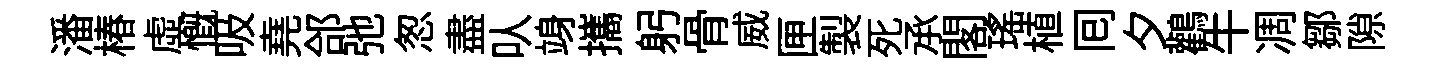
潘椿虛慨吸堯郃弛怱盡㕥竧攜躬骨威匣製死𠄘閣瑶植囘夕鸛牛凋鄒隙